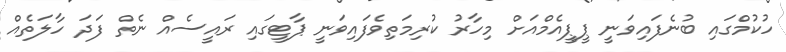
ހުކުމްގައި ބުނެފައިވަނީ ޕީޕީއެމްއަށް މިހާރު ކުރިމަތިވެފައިވަނީ ޕާޓީގައި ރައީސެއް ނެތް ފަދަ ހާލަތެއް